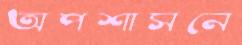
অপশাসনে